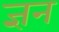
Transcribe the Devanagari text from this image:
ज्ञन